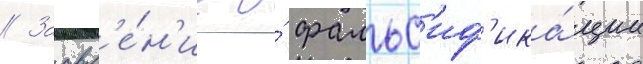
// Заавл'е́н'ие о́ фальс'иф'ика́ции